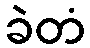
ခဲတံ